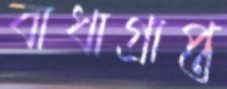
বাধাগ্রাপ্ত